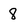
Character: 8